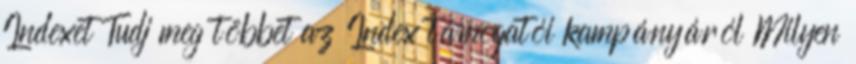
Indexet Tudj meg többet az Index támogatói kampányáról Milyen